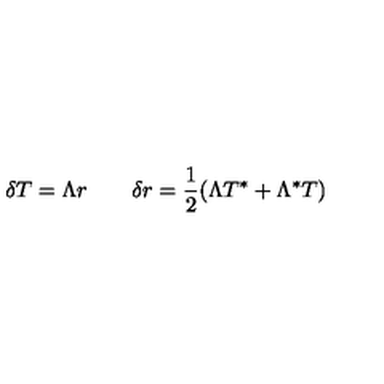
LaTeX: \delta T = \Lambda r \qquad \delta r = { \frac { 1 } { 2 } } ( \Lambda T ^ { * } + \Lambda ^ { * } T )